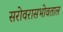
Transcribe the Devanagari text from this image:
सरोवरासभोवताल